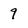
Character: 9